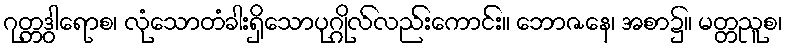
ဂုတ္တဒွါရောစ၊ လုံသောတံခါးရှိသောပုဂ္ဂိုလ်လည်းကောင်း။ ဘောဇနေ၊ အစာ၌။ မတ္တညူစ၊